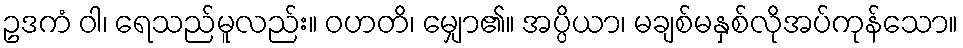
ဥဒကံ ဝါ၊ ရေသည်မူလည်း။ ဝဟတိ၊ မျှော၏။ အပ္ပိယာ၊ မချစ်မနှစ်လိုအပ်ကုန်သော။